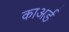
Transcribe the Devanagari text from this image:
काअर्ड